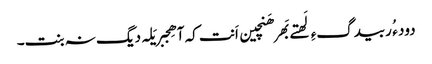
دود ء ُ ربیدگءِ لَھتے بَھر ھَنچین اَنت کہ آ ھِجبر یَلہ دیگ نہ بنت۔